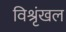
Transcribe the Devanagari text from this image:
विश्रृंखल